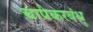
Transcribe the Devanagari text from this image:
चापेकरबंधू